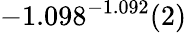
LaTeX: -1.098^{-1.092}(2)